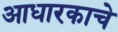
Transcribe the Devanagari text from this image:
आधारकाचे